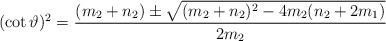
LaTeX: \begin{align*}(\cot \vartheta)^{2}=\frac{(m_{2}+n_{2}) \pm \sqrt{(m_{2}+n_{2})^{2}-4m_{2}(n_{2}+2m_{1}) } }{2m_{2}}\end{align*}